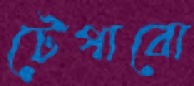
টেপাবো